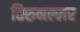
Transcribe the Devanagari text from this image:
तिरुनल्लर